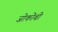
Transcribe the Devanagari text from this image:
जोकोबी